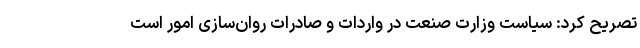
تصریح کرد: سیاست وزارت صنعت در واردات و صادرات روان‌سازی امور است